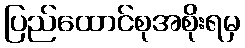
ပြည်ထောင်စုအစိုးရမှ